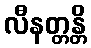
လီနတ္တန္တိ